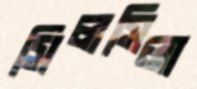
সিলসিলা